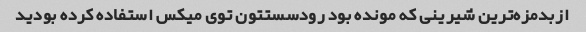
ازبدمزه‌ترین شیرینی که مونده بود رودسستتون توی میکس استفاده کرده بودید